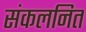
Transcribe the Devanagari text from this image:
संकलनित